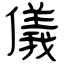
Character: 儀